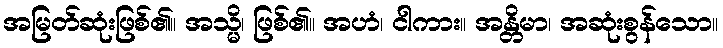
အမြတ်ဆုံးဖြစ်၏။ အသ္မိ၊ ဖြစ်၏။ အဟံ၊ ငါကား။ အန္တိမာ၊ အဆုံးစွန်သော။